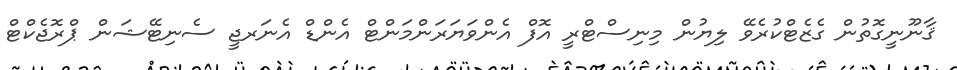
ޤާނޫނީގޮތުން ގެޒެޓްކުރެވޭ ލިޔުން މިނިސްޓްރީ އޮފް އެންވަޔަރަންމަންޓް އެންޑް އެނަރޖީ ސެނިޓޭޝަން ޕްރޮޖެކްޓް